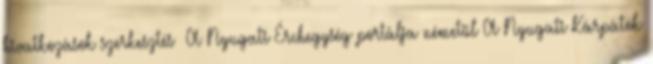
hivatkozások szerkesztés A Nyugati Érchegység portálja németül A Nyugati Kárpátok